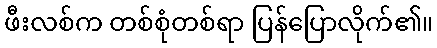
ဖီးလစ်က တစ်စုံတစ်ရာ ပြန်ပြောလိုက်၏။